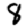
Digit: 8